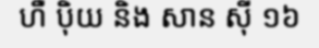
ហឺ ប៉ិយ និង សាន ស៊ី ១៦